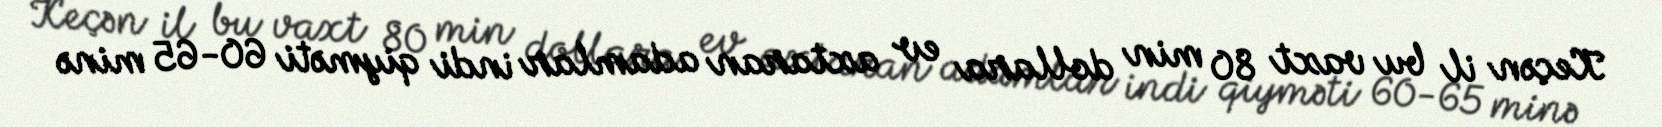
Keçən il bu vaxt 80 min dollara ev axtaran adamlar indi qiyməti 60-65 minə